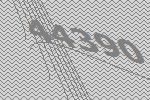
44390